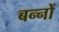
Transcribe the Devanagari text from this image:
बन्नों